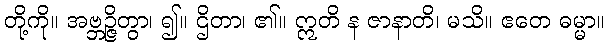
တို့ကို။ အဗ္ဘဉ္ဇိတွာ၊ ၍။ ဌိတာ၊ ၏။ ဣတိ န ဇာနာတိ၊ မသိ။ ဧတေ ဓမ္မာ။